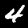
Digit: 4